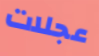
عجلات